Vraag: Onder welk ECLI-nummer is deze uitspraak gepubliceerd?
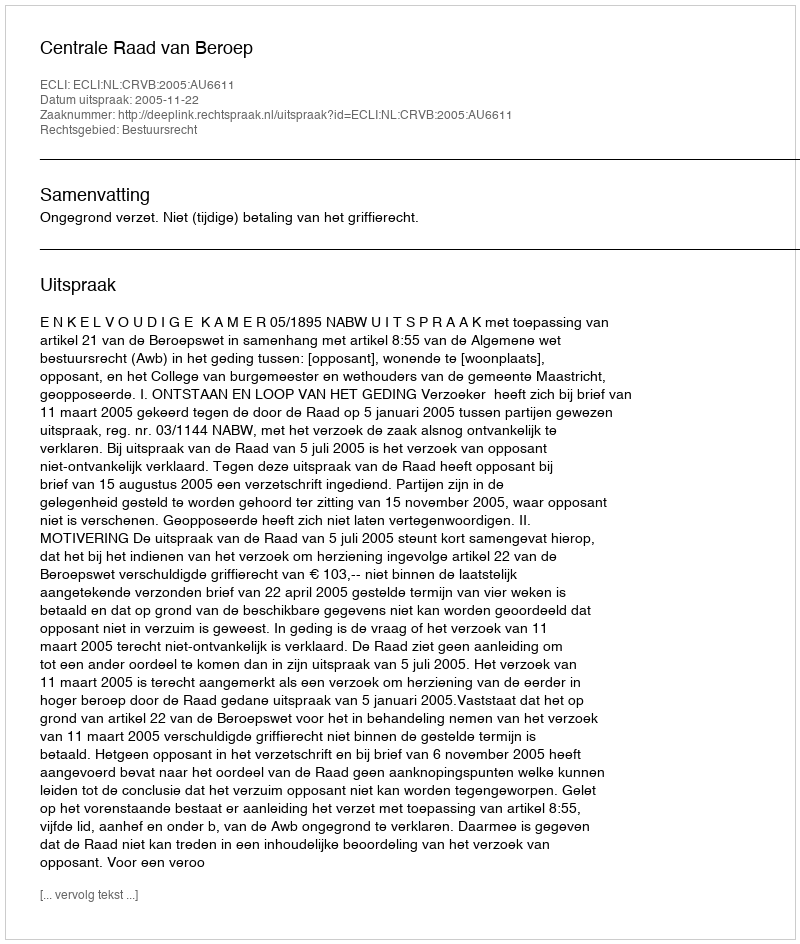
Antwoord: ECLI:NL:CRVB:2005:AU6611